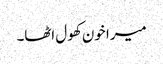
میرا خون کھول اٹھا۔